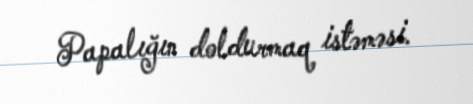
Papalığın doldurmaq istəməsi.